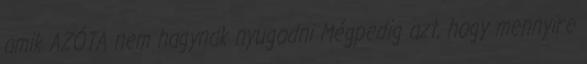
amik AZÓTA nem hagynak nyugodni Mégpedig azt, hogy mennyire